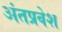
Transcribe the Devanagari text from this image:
अंतप्रवेश